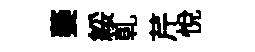
萎綏乹芹悅